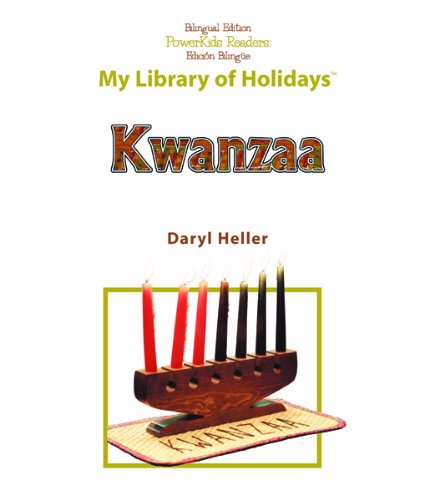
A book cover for Kwanzaa (My Library of Holidays); Daryl Heller; Children's Books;